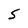
Character: 5